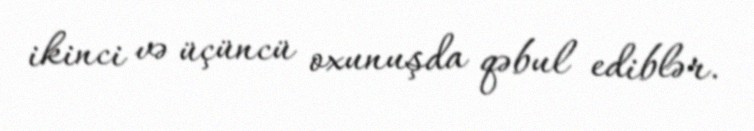
ikinci və üçüncü oxunuşda qəbul ediblər.